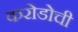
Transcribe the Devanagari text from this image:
करोडोची